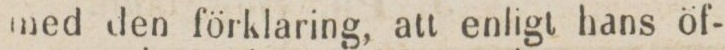
med den förklaring, att enligt hans öf-